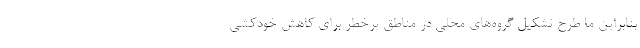
بنابراین ما طرح تشکیل گروه‌های محلی در مناطق پرخطر برای کاهش خودکشی